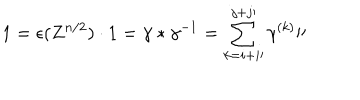
1 = \epsilon ( Z ^ { n / 2 } ) \cdot 1 = \gamma \ast \gamma ^ { - 1 } = \sum _ { k = i + i \prime } ^ { j + j \prime } \gamma ^ { ( k ) } \prime \prime